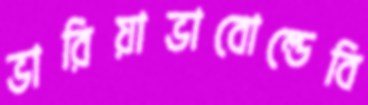
ভারিয়াভাবোল্ডেবি